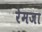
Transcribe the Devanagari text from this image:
रेमजा